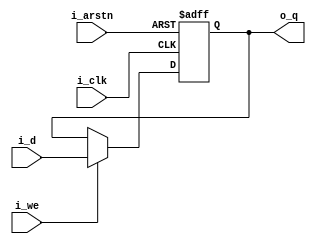
`timescale 1ns/1ps

module register(i_clk, i_arstn, i_we, i_d, o_q);

parameter WIDTH =32;

//ports declaration
input i_clk;   //clock input
input i_arstn;  //async reset (active low)
input i_we;    //write enable
input [WIDTH-1:0] i_d;  //input data
output reg [WIDTH-1:0] o_q;  //output (@rising)

always @(posedge i_clk or negedge i_arstn) begin
	if (!i_arstn) begin
		o_q <= {WIDTH{1'b0}};
		end else if (i_we) begin
		o_q <= i_d;
		end else begin
		o_q <= o_q;
	end
end

endmodule